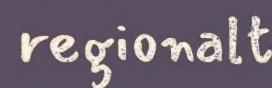
regionalt